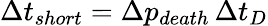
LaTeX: \Delta t_{short}=\Delta p_{death}\, \Delta t_{D}